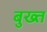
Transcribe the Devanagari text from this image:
बुख्त